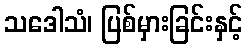
သဒေါသံ၊ ပြစ်မှားခြင်းနှင့်